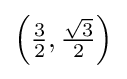
\left({\tfrac {3}{2}},{\tfrac {\sqrt {3}}{2}}\right)